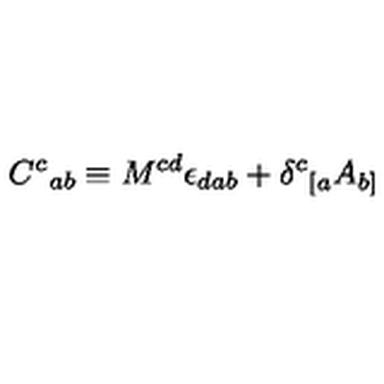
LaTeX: { C ^ { c } } _ { a b } \equiv M ^ { c d } \epsilon _ { d a b } + { \delta ^ { c } } _ { [ a } A _ { b ] }